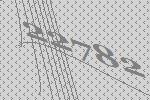
22782